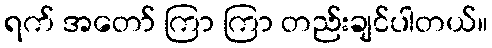
ရက် အတော် ကြာ ကြာ တည်းချင်ပါတယ်။